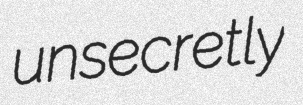
unsecretly